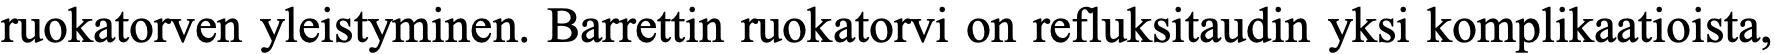
ruokatorven yleistyminen. Barrettin ruokatorvi on refluksitaudin yksi komplikaatioista,